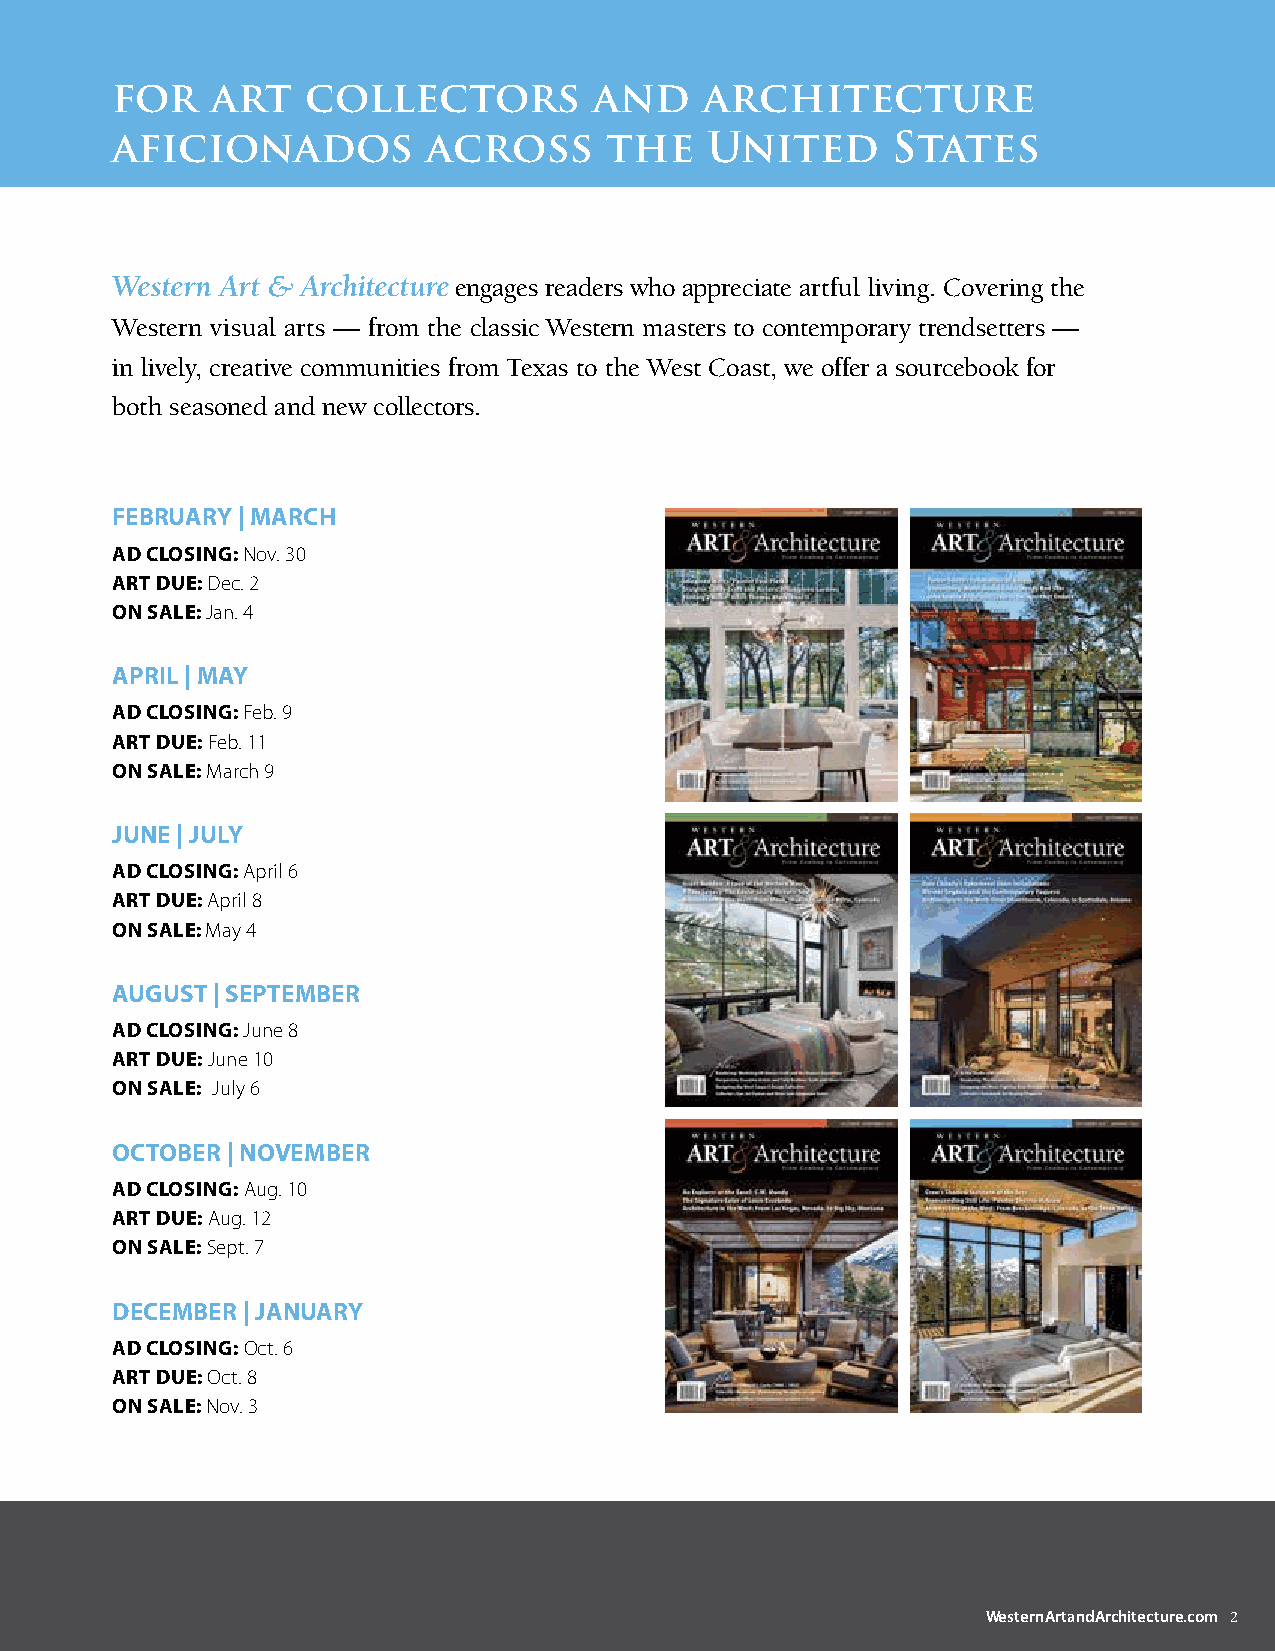
for    art   collectors         and     architecture
 aficionados          across      the    United      States
 Western Art & Architecture engages readers who appreciate artful living. Covering the
 Western visual arts — from the classic Western masters to contemporary trendsetters —
 in lively, creative communities from Texas to the West Coast, we offer a sourcebook for
 both seasoned and new collectors.
 FEBRUARY | MARCH
 Ad Closing: Nov. 30
 ART dUE: Dec. 2
 on sAlE: Jan. 4
 APRil | MAY
 Ad Closing: Feb. 9
 ART dUE: Feb. 11
 on sAlE: March 9
 JUnE | JUlY
 Ad Closing: April 6
 ART dUE: April 8
 on sAlE: May 4
 AUgUsT | sEPTEMBER
 Ad Closing: June 8
 ART dUE: June 10
 on sAlE: July 6
 oCToBER | noVEMBER
 Ad Closing: Aug. 10
 ART dUE: Aug. 12
 on sAlE: Sept. 7
 dECEMBER | JAnUARY
 Ad Closing: Oct. 6
 ART dUE: Oct. 8
 on sAlE: Nov. 3
 WesternArtandArchitecture.com 2